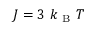
J = 3 \mathrm { ~ } k _ { \mathrm { ~ B ~ } } T